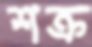
শক্র